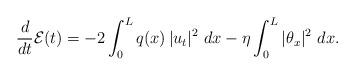
LaTeX: \begin{align*} \frac{d}{dt}\mathcal{E}(t) = -2\int_{0}^{L}q(x)\,\vert u_{t}\vert^{2}\ dx - \eta\int_{0}^{L}|\theta_{x}|^{2}\ dx.\end{align*}